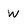
Character: w